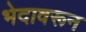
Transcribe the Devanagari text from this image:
भेदावरून